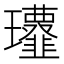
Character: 𩐔